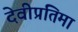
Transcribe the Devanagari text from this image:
देवीप्रतिमा